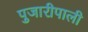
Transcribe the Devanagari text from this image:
पुजारीपाली